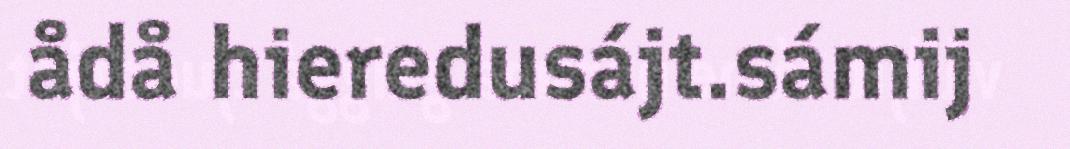
ådå hieredusájt.sámij